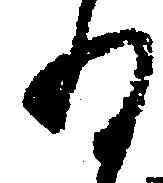
ね